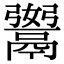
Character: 𩱆